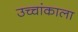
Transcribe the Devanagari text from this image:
उच्चांकाला